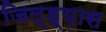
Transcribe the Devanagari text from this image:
जिल्ह्य़ास